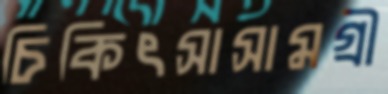
চিকিৎসাসামগ্রী